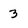
Character: 3